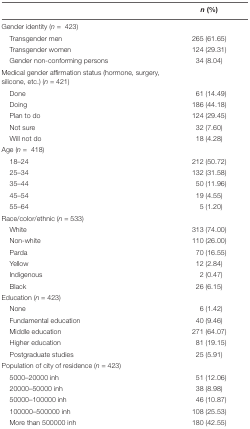
<table><thead><tr><td></td><td><b><i>n</i> (%)</b></td></tr></thead><tbody><tr><td>Gender identity (<i>n</i> = 423)</td><td></td></tr><tr><td>Transgender men</td><td>265 (61.65)</td></tr><tr><td>Transgender women</td><td>124 (29.31)</td></tr><tr><td>Gender non-conforming persons</td><td>34 (8.04)</td></tr><tr><td>Medical gender affirmation status (hormone, surgery, silicone, etc.) (<i>n</i> = 421)</td><td></td></tr><tr><td>Done</td><td>61 (14.49)</td></tr><tr><td>Doing</td><td>186 (44.18)</td></tr><tr><td>Plan to do</td><td>124 (29.45)</td></tr><tr><td>Not sure</td><td>32 (7.60)</td></tr><tr><td>Will not do</td><td>18 (4.28)</td></tr><tr><td>Age (<i>n</i> = 418)</td><td></td></tr><tr><td>18–24</td><td>212 (50.72)</td></tr><tr><td>25–34</td><td>132 (31.58)</td></tr><tr><td>35–44</td><td>50 (11.96)</td></tr><tr><td>45–54</td><td>19 (4.55)</td></tr><tr><td>55–64</td><td>5 (1.20)</td></tr><tr><td>Race/color/ethnic (<i>n =</i> 533)</td><td></td></tr><tr><td>White</td><td>313 (74.00)</td></tr><tr><td>Non-white</td><td>110 (26.00)</td></tr><tr><td>Parda</td><td>70 (16.55)</td></tr><tr><td>Yellow</td><td>12 (2.84)</td></tr><tr><td>Indigenous</td><td>2 (0.47)</td></tr><tr><td>Black</td><td>26 (6.15)</td></tr><tr><td>Education (<i>n</i> = 423)</td><td></td></tr><tr><td>None</td><td>6 (1.42)</td></tr><tr><td>Fundamental education</td><td>40 (9.46)</td></tr><tr><td>Middle education</td><td>271 (64.07)</td></tr><tr><td>Higher education</td><td>81 (19.15)</td></tr><tr><td>Postgraduate studies</td><td>25 (5.91)</td></tr><tr><td>Population of city of residence (<i>n</i> = 423)</td><td></td></tr><tr><td>5000–20000 inh</td><td>51 (12.06)</td></tr><tr><td>20000–50000 inh</td><td>38 (8.98)</td></tr><tr><td>50000–100000 inh</td><td>46 (10.87)</td></tr><tr><td>100000–500000 inh</td><td>108 (25.53)</td></tr><tr><td>More than 500000 inh</td><td>180 (42.55)</td></tr></tbody></table>